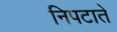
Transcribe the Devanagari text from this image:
निपटाते